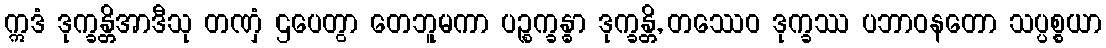
ဣဒံ ဒုက္ခန္တိအာဒီသု တဏှံ ဌပေတွာ တေဘူမကာ ပဉ္စက္ခန္ဓာ ဒုက္ခန္တိ, တဿေဝ ဒုက္ခဿ ပဘာဝနတော သပ္ပစ္စယာ